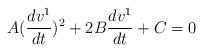
\begin{align*}A(\frac{dv^1}{dt})^2+2B\frac{dv^1}{dt}+C=0\end{align*}